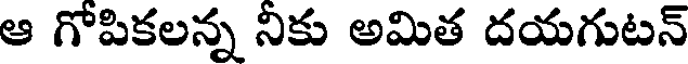
ఆ గోపికలన్న నికు అమిత దయగుటన్